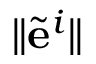
\lVert \tilde { \mathbf e } ^ { i } \rVert